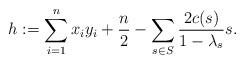
LaTeX: \begin{align*}h:=\sum_{i=1}^n x_i y_i+\frac{n}{2}-\sum_{s\in S} \frac{2c(s)}{1-\lambda_s}s.\end{align*}